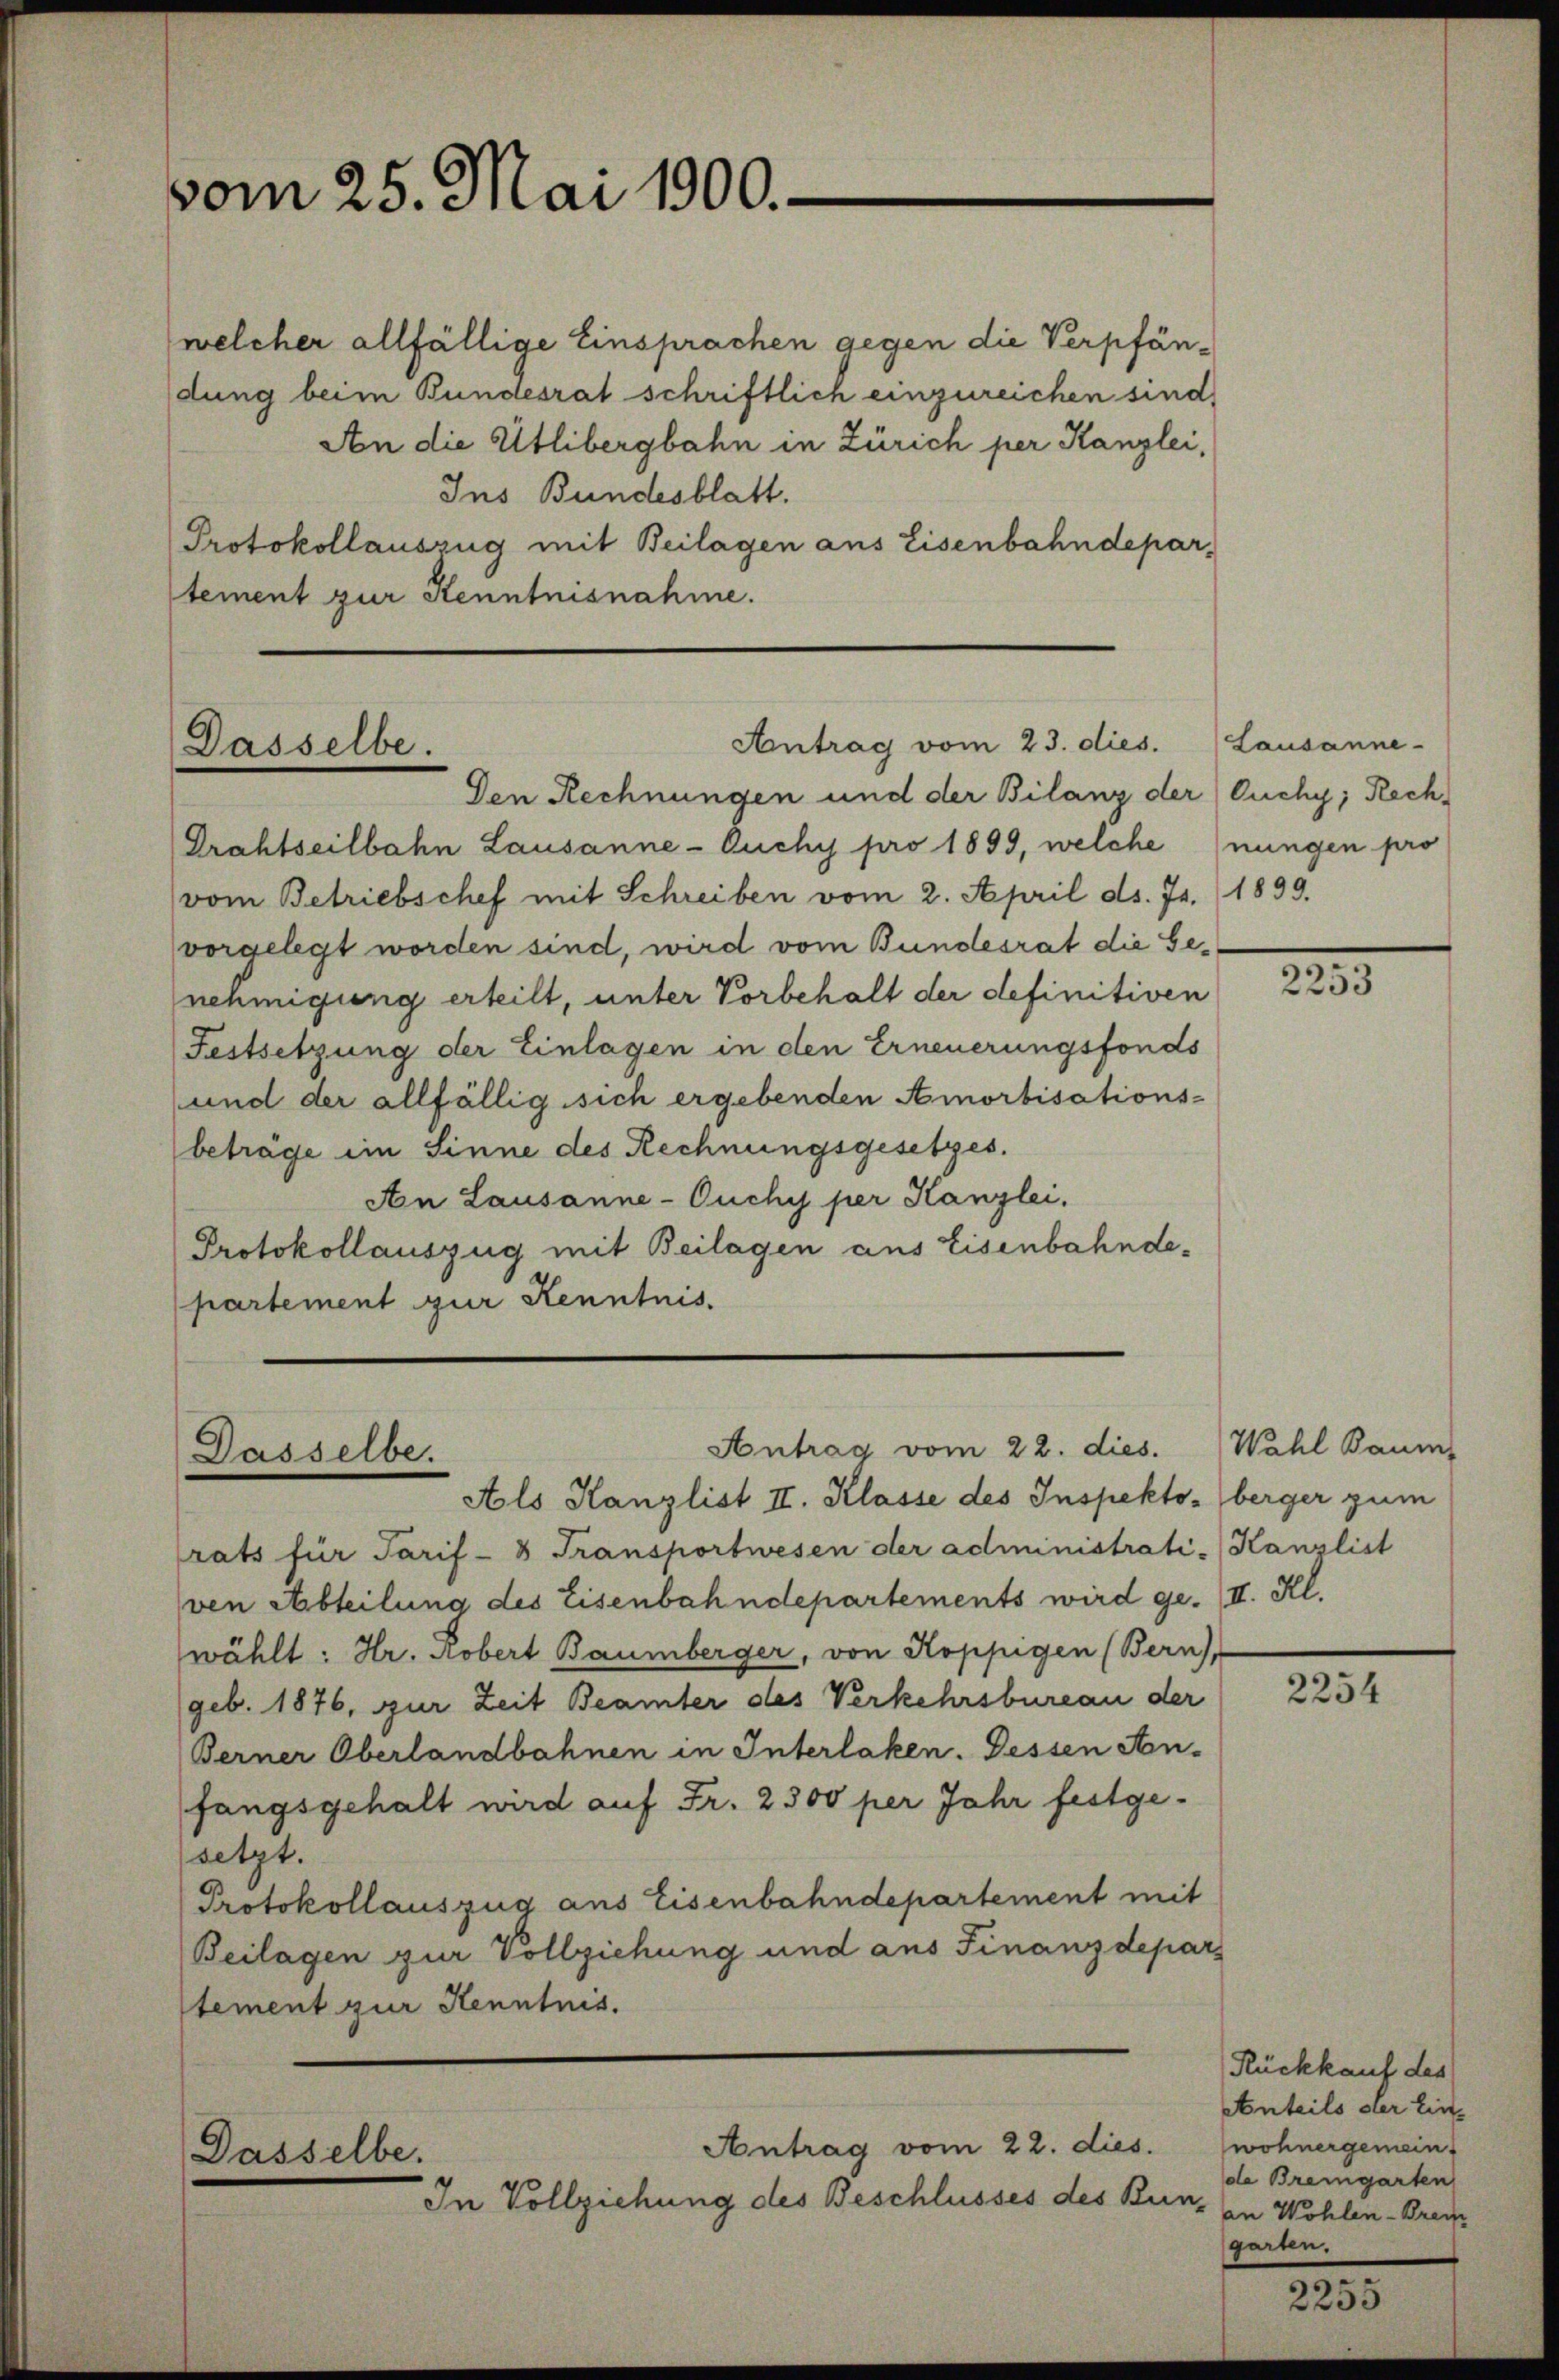
vom 25. Mai 1900.

(welcher allfällige Einsprachen gegen die Verpfändung beim Bundesrat schriftlich einzureichen sind,
An die Utlibergbahn in Zürich per Kanzlei,
Ins Bundesblatt.
Protokollauszug mit Beilagen aus Eisenbahndepar-
stement zur Kenntnisnahme.

Antrag vom 23. dies. Lausanne-
Dasselbe.

Dasselbe.

Den Rechnungen und der Bilanz der Ouchy; Rech
Drahtseilbahn Lausanne - Auchy pro 1899, welche (nungen pro
vom Betriebschef mit Schreiben vom 2. April ds. Js. (1899.
vorgelegt worden sind, wird vom Bundesrat die Genehmigung erteilt, unter Vorbehalt der definitiven
Festsetzung der Einlagen in den Erneuerungsfonds
und der allfällig sich ergebenden Amortisations-
beträge im Sinne des Rechnungsgesetzes.
An Lausanne-Ouchy per Kanzlei.
Protokollauszug mit Beilagen aus Eisenbahndepartement zur Kenntnis.

Antrag vom 22. dies. Wahl Baum

Antrag vom 22. dies.
Dasselbe.
In Vollziehung des Beschlusses des Bunz in Wohlen-Bran¬

Als Kanzlist II. Klasse des Inspekto-berger zum
rats für Tarif-8 Transportwesen der administrati-Kanzlist
ven Abteilung des Eisenbahndepartements wird ge. II. Kl.
wählt: Hr. Robert Baumberger, von Koppigen (Bern),
(geb. 1876, zur Zeit Beamter des Verkehrsbureau der
Berner Oberlandbahnen in Interlaken. Dessen An-
fangsgehalt wird auf Fr. 2500 per Jahr festge-
setzt.
Protokollauszug aus Eisenbahndepartement mit
Beilagen zur Vollziehung und aus Finanzdepars
stement zur Kenntnis.

—
2253

2254

Rückkauf des
Anteils der Einwohnergemein
de Bremgarten
garten.

—
2255